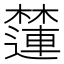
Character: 㰈